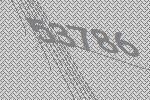
53786